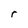
Character: r